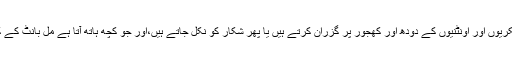
انسان بھیڑ ،بکریوں اور اونٹنیوں کے دودھ اور کھجور پر گزران کرتے ہیں یا پھر شکار کو نکل جاتے ہیں،اور جو کچھ ہاتھ آتا ہے مل بانٹ کے کھا لیتے ہیں ۔